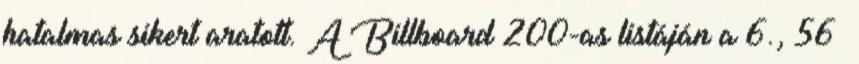
hatalmas sikert aratott. A Billboard 200-as listáján a 6., 56